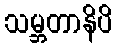
သမ္ဘတာနိပိ